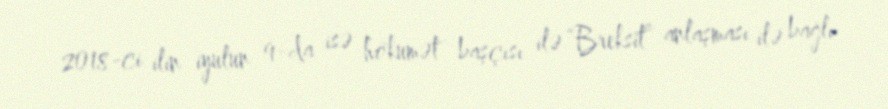
2018-ci ilin iyulun 9-da isə hökumət başçısı ilə “Breksit” anlaşması ilə bağlı